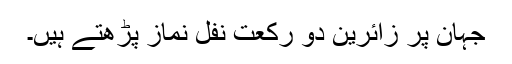
جہان پر زائرین دو رکعت نفل نماز پڑھتے ہیں۔